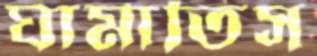
ঘামাতিস